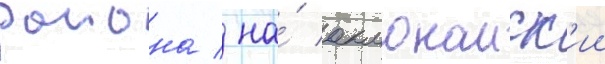
раиона / на́ акмонаиск'ии